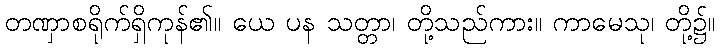
တဏှာစရိုက်ရှိကုန်၏။ ယေ ပန သတ္တာ၊ တို့သည်ကား။ ကာမေသု၊ တို့၌။